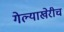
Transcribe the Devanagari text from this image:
गेल्याखेरीच